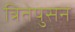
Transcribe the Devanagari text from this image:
त्रितेपुसन